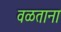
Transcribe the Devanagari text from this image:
वळताना